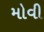
મોવી